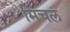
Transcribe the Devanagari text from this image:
मिचल